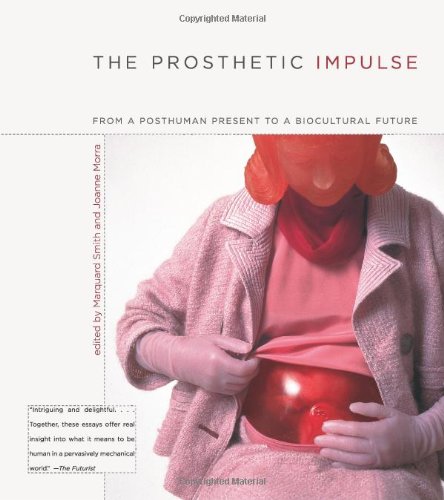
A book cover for The Prosthetic Impulse: From a Posthuman Present to a Biocultural Future; Medical Books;